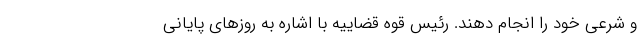
و شرعی خود را انجام دهند. رئیس قوه قضاییه با اشاره به روزهای پایانی